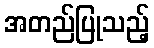
အတည်ပြုသည့်